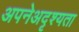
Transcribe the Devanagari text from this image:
अपनेअदृश्यता